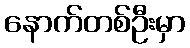
နောက်တစ်ဦးမှာ